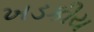
ખડકીય